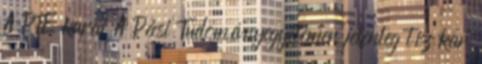
A PTE karai A Pécsi Tudományegyetemen jelenleg tíz kar